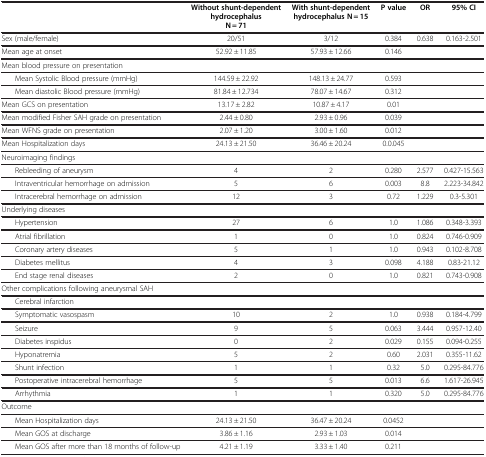
<table><thead><tr><td colspan="2"><b> </b></td><td><b>Without shunt-dependent hydrocephalus N = 71</b></td><td><b>With shunt-dependent hydrocephalus N = 15</b></td><td><b>P value</b></td><td><b>OR</b></td><td><b>95% CI</b></td></tr></thead><tbody><tr><td colspan="2">Sex (male/female)</td><td>20/51</td><td>3/12</td><td>0.384</td><td>0.638</td><td>0.163-2.501</td></tr><tr><td colspan="2">Mean age at onset</td><td>52.92 ± 11.85</td><td>57.93 ± 12.66</td><td>0.146</td><td> </td><td> </td></tr><tr><td colspan="2">Mean blood pressure on presentation</td><td> </td><td> </td><td> </td><td> </td><td> </td></tr><tr><td> </td><td>Mean Systolic Blood pressure (mmHg)</td><td>144.59 ± 22.92</td><td>148.13 ± 24.77</td><td>0.593</td><td> </td><td> </td></tr><tr><td> </td><td>Mean diastolic Blood pressure (mmHg)</td><td>81.84 ± 12.734</td><td>78.07 ± 14.67</td><td>0.312</td><td> </td><td> </td></tr><tr><td colspan="2">Mean GCS on presentation</td><td>13.17 ± 2.82</td><td>10.87 ± 4.17</td><td>0.01</td><td> </td><td> </td></tr><tr><td colspan="2">Mean modified Fisher SAH grade on presentation</td><td>2.44 ± 0.80</td><td>2.93 ± 0.96</td><td>0.039</td><td> </td><td> </td></tr><tr><td colspan="2">Mean WFNS grade on presentation</td><td>2.07 ± 1.20</td><td>3.00 ± 1.60</td><td>0.012</td><td> </td><td> </td></tr><tr><td colspan="2">Mean Hospitalization days</td><td>24.13 ± 21.50</td><td>36.46 ± 20.24</td><td>0.0.045</td><td> </td><td> </td></tr><tr><td colspan="2">Neuroimaging findings</td><td> </td><td> </td><td> </td><td> </td><td> </td></tr><tr><td> </td><td>Rebleeding of aneurysm</td><td>4</td><td>2</td><td>0.280</td><td>2.577</td><td>0.427-15.563</td></tr><tr><td> </td><td>Intraventricular hemorrhage on admission</td><td>5</td><td>6</td><td>0.003</td><td>8.8</td><td>2.223-34.842</td></tr><tr><td> </td><td>Intracerebral hemorrhage on admission</td><td>12</td><td>3</td><td>0.72</td><td>1.229</td><td>0.3-5.301</td></tr><tr><td colspan="2">Underlying diseases</td><td> </td><td> </td><td> </td><td> </td><td> </td></tr><tr><td> </td><td>Hypertension</td><td>27</td><td>6</td><td>1.0</td><td>1.086</td><td>0.348-3.393</td></tr><tr><td> </td><td>Atrial fibrillation</td><td>1</td><td>0</td><td>1.0</td><td>0.824</td><td>0.746-0.909</td></tr><tr><td> </td><td>Coronary artery diseases</td><td>5</td><td>1</td><td>1.0</td><td>0.943</td><td>0.102-8.708</td></tr><tr><td> </td><td>Diabetes mellitus</td><td>4</td><td>3</td><td>0.098</td><td>4.188</td><td>0.83-21.12</td></tr><tr><td> </td><td>End stage renal diseases</td><td>2</td><td>0</td><td>1.0</td><td>0.821</td><td>0.743-0.908</td></tr><tr><td colspan="2">Other complications following aneurysmal SAH</td><td> </td><td> </td><td> </td><td> </td><td> </td></tr><tr><td> </td><td>Cerebral infarction</td><td> </td><td> </td><td> </td><td> </td><td> </td></tr><tr><td> </td><td>Symptomatic vasospasm</td><td>10</td><td>2</td><td>1.0</td><td>0.938</td><td>0.184-4.799</td></tr><tr><td> </td><td>Seizure</td><td>9</td><td>5</td><td>0.063</td><td>3.444</td><td>0.957-12.40</td></tr><tr><td> </td><td>Diabetes inspidus</td><td>0</td><td>2</td><td>0.029</td><td>0.155</td><td>0.094-0.255</td></tr><tr><td> </td><td>Hyponatremia</td><td>5</td><td>2</td><td>0.60</td><td>2.031</td><td>0.355-11.62</td></tr><tr><td> </td><td>Shunt infection</td><td>1</td><td>1</td><td>0.32</td><td>5.0</td><td>0.295-84.776</td></tr><tr><td> </td><td>Postoperative intracerebral hemorrhage</td><td>5</td><td>5</td><td>0.013</td><td>6.6</td><td>1.617-26.945</td></tr><tr><td> </td><td>Arrhythmia</td><td>1</td><td>1</td><td>0.320</td><td>5.0</td><td>0.295-84.776</td></tr><tr><td colspan="2">Outcome</td><td> </td><td> </td><td> </td><td> </td><td> </td></tr><tr><td> </td><td>Mean Hospitalization days</td><td>24.13 ± 21.50</td><td>36.47 ± 20.24</td><td>0.0452</td><td> </td><td> </td></tr><tr><td> </td><td>Mean GOS at discharge</td><td>3.86 ± 1.16</td><td>2.93 ± 1.03</td><td>0.014</td><td> </td><td> </td></tr><tr><td> </td><td>Mean GOS after more than 18 months of follow-up</td><td>4.21 ± 1.19</td><td>3.33 ± 1.40</td><td>0.211</td><td> </td><td> </td></tr></tbody></table>